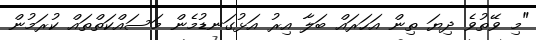
"މި ވޭތުވެ ދިޔަ ތިން އަހަރައް ބަލާ އިރު އަޅުގަނޑުމެން މަސައްކަތްތައް ކުރަމުން